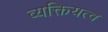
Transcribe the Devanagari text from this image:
व्यक्तियत्व